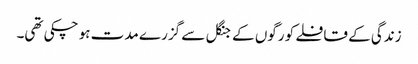
زندگی کے قافلے کو رگوں کے جنگل سے گزرے مدت ہو چکی تھی۔